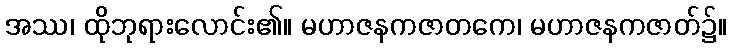
အဿ၊ ထိုဘုရားလောင်း၏။ မဟာဇနကဇာတကေ၊ မဟာဇနကဇာတ်၌။